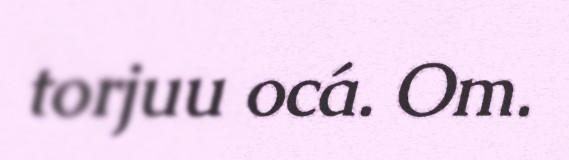
torjuu ocá. Om.